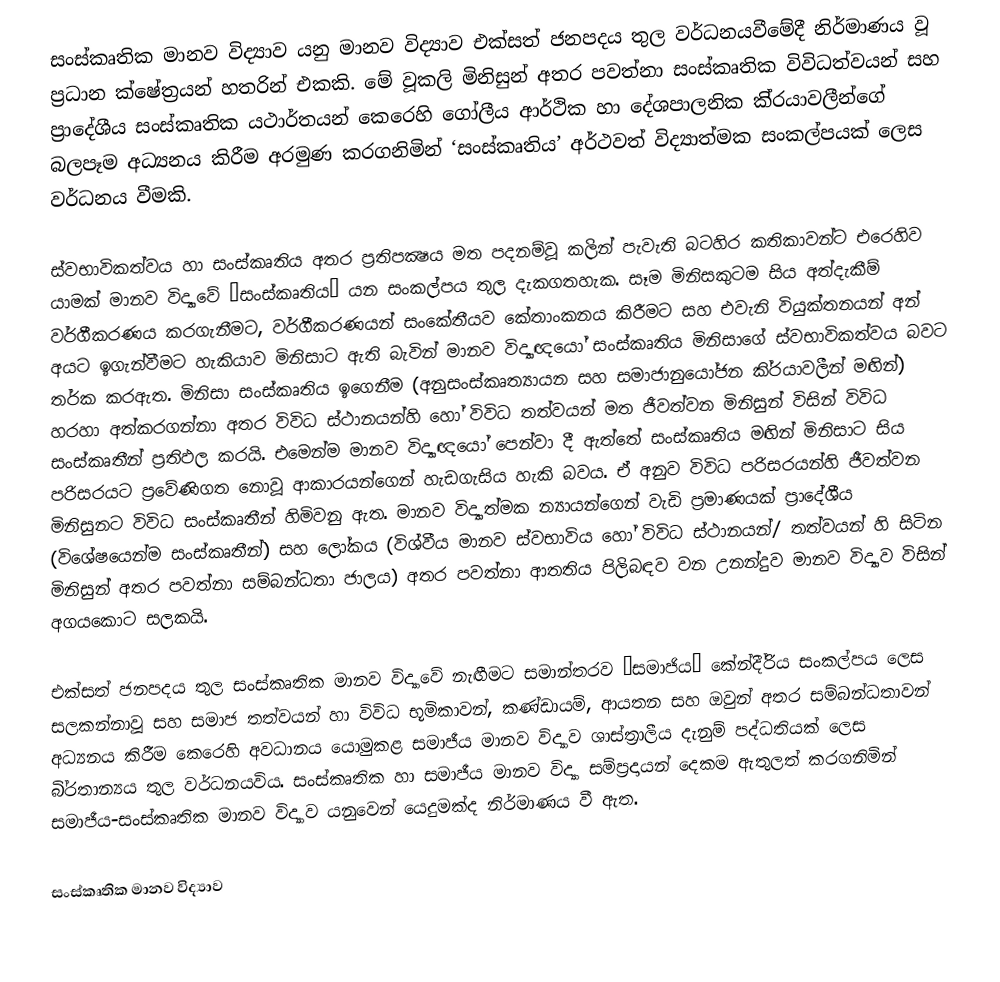
සංස්කෘතික මානව විද්‍යාව යනු මානව විද්‍යාව එක්සත් ජනපදය තුල වර්ධනයවීමේදී නිර්මාණය වූ ප‍්‍රධාන ක්ෂේත‍්‍රයන් හතරින් එකකි. මේ වූකලි මිනිසුන් අතර පවත්නා සංස්කෘතික විවිධත්වයන් සහ ප‍්‍රාදේශීය සංස්කෘතික යථාර්තයන් කෙරෙහි ගෝලීය ආර්ථික හා දේශපාලනික කි‍්‍රයාවලීන්ගේ බලපෑම අධ්‍යනය කිරීම අරමුණ කරගනිමින් ‘සංස්කෘතිය’ අර්ථවත් විද්‍යාත්මක සංකල්පයක් ලෙස වර්ධනය වීමකි.

ස්වභාවිකත්වය හා සංස්කෘතිය අතර ප‍්‍රතිපක්‍ෂය මත පදනම්වූ කලින් පැවැති බටහිර කතිකාවන්ට එරෙහිව යාමක් මානව විද්‍යාවේ ‘සංස්කෘතිය’ යන සංකල්පය තුල දැකගතහැක. සෑම මිනිසකුටම සිය අත්දැකීම් වර්ගීකරණය කරගැනීමට, වර්ගීකරණයන් සංකේතීයව කේතාංකනය කිරීමට සහ එවැනි වියුක්තනයන් අන් අයට ඉගැන්වීමට හැකියාව මිනිසාට ඇති බැවින් මානව විද්‍යාඥයෝ සංස්කෘතිය මිනිසාගේ ස්වභාවිකත්වය බවට තර්ක කරඇත. මිනිසා සංස්කෘතිය ඉගෙනීම (අනුසංස්කෘත්‍යායන සහ සමාජානුයෝජන කි‍්‍රයාවලීන් මඟින්) හරහා අත්කරගන්නා අතර විවිධ ස්ථානයන්හි හෝ විවිධ තත්වයන් මත ජීවත්වන මිනිසුන් විසින් විවිධ සංස්කෘතීන් ප‍්‍රතිඵල කරයි. එමෙන්ම මානව විද්‍යාඥයෝ පෙන්වා දී ඇත්තේ සංස්කෘතිය මඟින් මිනිසාට සිය පරිසරයට ප‍්‍රවේණිගත නොවූ ආකාරයන්ගෙන් හැඩගැසිය හැකි බවය. ඒ අනුව විවිධ පරිසරයන්හි ජීවත්වන මිනිසුනට විවිධ සංස්කෘතීන් හිමිවනු ඇත. මානව විද්‍යාත්මක න්‍යායන්ගෙන් වැඩි ප‍්‍රමාණයක් ප‍්‍රාදේශීය (විශේෂයෙන්ම සංස්කෘතීන්) සහ ලෝකය (විශ්වීය මානව ස්වභාවිය හෝ විවිධ ස්ථානයන්/ තත්වයන් හි සිටින මිනිසුන් අතර පවත්නා සම්බන්ධතා ජාලය) අතර පවත්නා ආතතිය පිලිබඳව වන උනන්දුව මානව විද්‍යාව විසින් අගයකොට සලකයි.

එක්සත් ජනපදය තුල සංස්කෘතික මානව විද්‍යාවේ නැඟීමට සමාන්තරව ‘සමාජිය’ කේන්දී‍්‍රිය සංකල්පය ලෙස සලකන්නාවූ සහ සමාජ තත්වයන් හා විවිධ භූමිකාවන්, කණ්ඩායම්, ආයතන සහ ඔවුන් අතර සම්බන්ධතාවන් අධ්‍යනය කිරීම කෙරෙහි අවධානය යොමුකළ සමාජීය මානව විද්‍යාව ශාස්ත‍්‍රාලීය දැනුම් පද්ධතියක් ලෙස බි‍්‍රතාන්‍යය තුල වර්ධනයවිය. සංස්කෘතික හා සමාජීය මානව විද්‍යා සම්ප‍්‍රදායන් දෙකම ඇතුලත් කරගනිමින් සමාජීය-සංස්කෘතික මානව විද්‍යාව යනුවෙන් යෙදුමක්ද නිර්මාණය වී ඇත.

සංස්කෘතික මානව විද්‍යාව